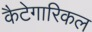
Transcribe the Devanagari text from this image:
कैटेगारिकल